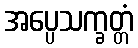
အပ္ပေသက္ခတ္တံ